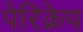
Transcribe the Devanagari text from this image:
पेरिक्रेप